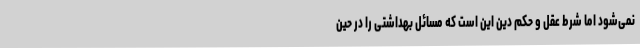
نمی‌شود اما شرط عقل و حکم دین این است که مسائل بهداشتی را در حین